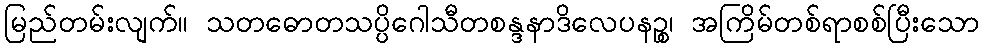
မြည်တမ်းလျက်။ သတဓောတသပ္ပိဂေါသီတစန္ဒနာဒိလေပနဉ္စ၊ အကြိမ်တစ်ရာစစ်ပြီးသော